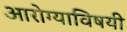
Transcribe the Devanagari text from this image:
आरोग्याविषयी